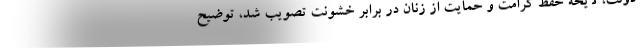
دولت، لایحه حفظ کرامت و حمایت از زنان در برابر خشونت تصویب شد، توضیح